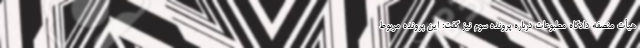
هیأت منصفه دادگاه مطبوعات درباره پرونده سوم نیز گفت: این پرونده مربوط